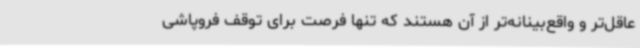
عاقل‌تر و واقع‌بینانه‌تر از آن هستند که تنها فرصت برای توقف فروپاشی